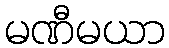
မဏီမယာ